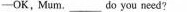
-OK,Mum.___ do you need?